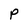
Character: P